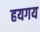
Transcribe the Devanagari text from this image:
हयगय